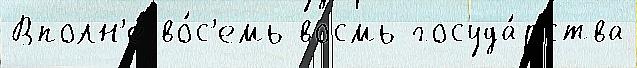
Вполн'е́ во́с'емь восмь госуда́рства